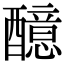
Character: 醷